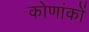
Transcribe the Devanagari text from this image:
कोणांकों